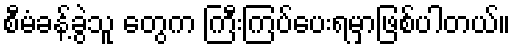
စီမံခန့်ခွဲသူ တွေက ကြီးကြပ်ပေးရမှာဖြစ်ပါတယ်။